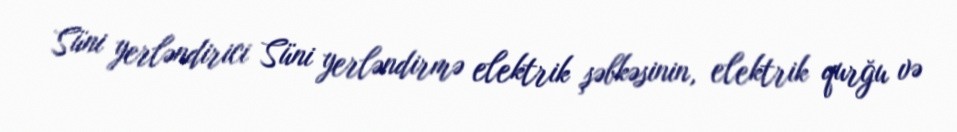
Süni yerləndirici Süni yerləndirmə elektrik şəbkəsinin, elektrik qurğu və